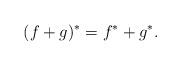
LaTeX: \begin{align*} (f+g)^{\ast}=f^{\ast}+g^{\ast}.\end{align*}